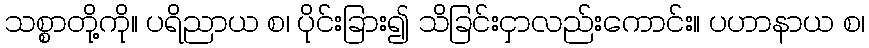
သစ္စာတို့ကို။ ပရိညာယ စ၊ ပိုင်းခြား၍ သိခြင်းငှာလည်းကောင်း။ ပဟာနာယ စ၊